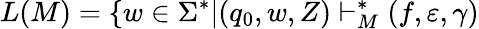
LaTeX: L(M)=\{ w\in\Sigma^{*}|(q_{0},w,Z)\vdash_{M}^{*}(f,\varepsilon,\gamma)